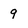
Character: 9